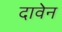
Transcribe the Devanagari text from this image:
दावेन